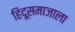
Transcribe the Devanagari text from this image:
हिंदूसमाजाला